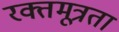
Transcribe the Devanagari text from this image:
रक्तमूत्रता